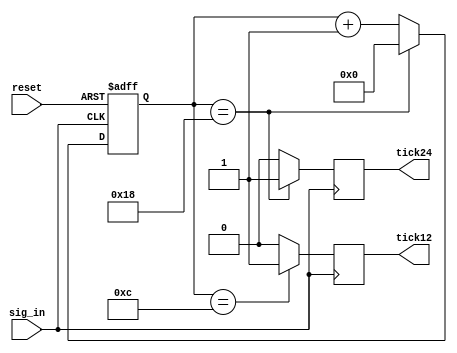
// This program was cloned from: https://github.com/FPGADude/Digital-Design
// License: GNU General Public License v3.0

`timescale 1ns / 1ps

// LiDAR data receiver counter32 
// Produces enabling signals for oversampler and shift reg
// Authored by David J Marion

module counter32(
    input sig_in,       // Synchronous clock input
    input reset,        // Asynchronous system reset
    output reg tick12,  // Enable oversampler data capture
    output reg tick24   // Enable data shift from oversampler to shift_reg376
    );
    
    reg [4:0] counter;  // 5-bit register 
    
    always @(posedge sig_in or posedge reset) begin
        if(reset)
            counter <= 5'b0_0000;
        else if(counter == 5'b1_1000)   //24
            counter <= 5'b0_0000;
        else
            counter <= counter + 1;
    end
    
    always @(posedge sig_in) begin
        if(counter == 5'b0_1100)        //12
            tick12 <= 1'b1;
        else
            tick12 <= 1'b0;
    end
    
    always @(posedge sig_in) begin
        if(counter == 5'b1_1000)        //24
            tick24 <= 1'b1;
        else
            tick24 <= 1'b0;
    end

endmodule